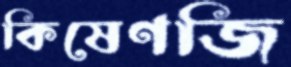
কিষেণজি